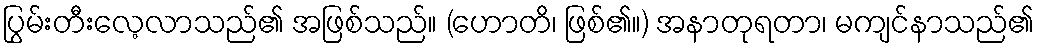
ပြွမ်းတီးလေ့လာသည်၏ အဖြစ်သည်။ (ဟောတိ၊ ဖြစ်၏။) အနာတုရတာ၊ မကျင်နာသည်၏